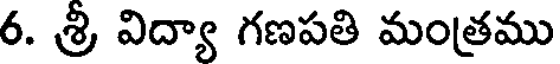
6. శ్రీ విద్యా గణపతి మంత్రము